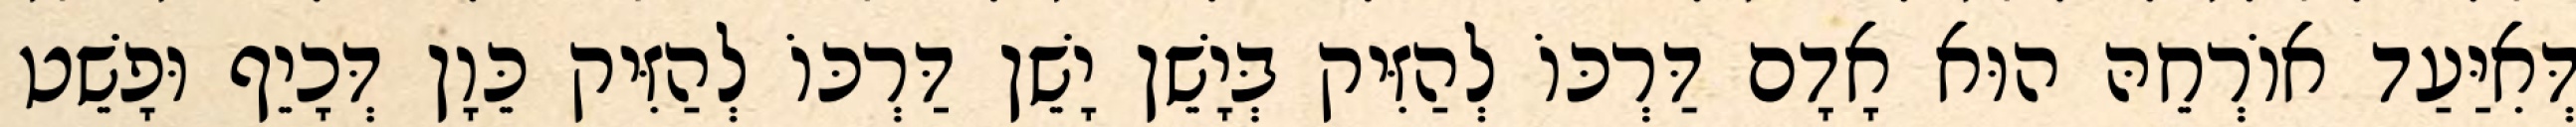
דְּאִיַּעַד אוֹרְחֵהּ הוּא אָדָם דַּרְכּוֹ לְהַזִּיק בְּיָשֵׁן יָשֵׁן דַּרְכּוֹ לְהַזִּיק כֵּוָן דְּכָיֵף וּפָשֵׁט